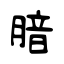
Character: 腤